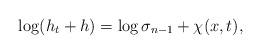
LaTeX: \begin{align*}\log(h_{t}+ h)=\log \sigma_{n-1}+\chi(x,t),\end{align*}